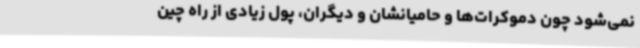
نمی‌شود چون دموکرات‌ها و حامیانشان و دیگران، پول زیادی از راه چین